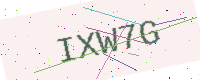
Text: IXW7G